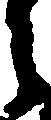
之